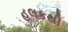
હલકથી